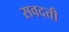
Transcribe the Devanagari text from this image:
सवदत्ती